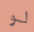
لو